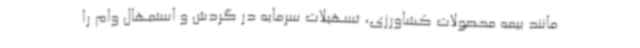
مانند بیمه محصولات کشاورزی، تسهیلات سرمایه در گردش و استمهال وام را